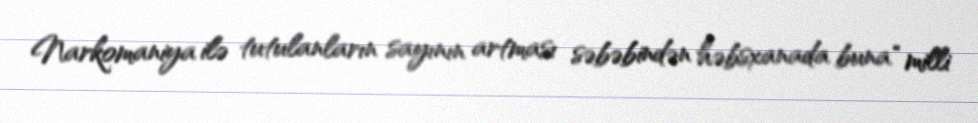
Narkomaniya ilə tutulanların sayının artması səbəbindən həbsxanada buna “milli